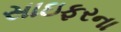
સાઇફરના